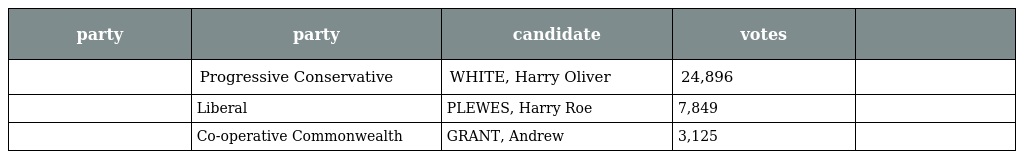
| party | party | candidate | votes |  |
 | --- | --- | --- | --- | --- |
 |  | Progressive Conservative | WHITE, Harry Oliver | 24,896 |  |
 |  | Liberal | PLEWES, Harry Roe | 7,849 |  |
 |  | Co-operative Commonwealth | GRANT, Andrew | 3,125 |  |